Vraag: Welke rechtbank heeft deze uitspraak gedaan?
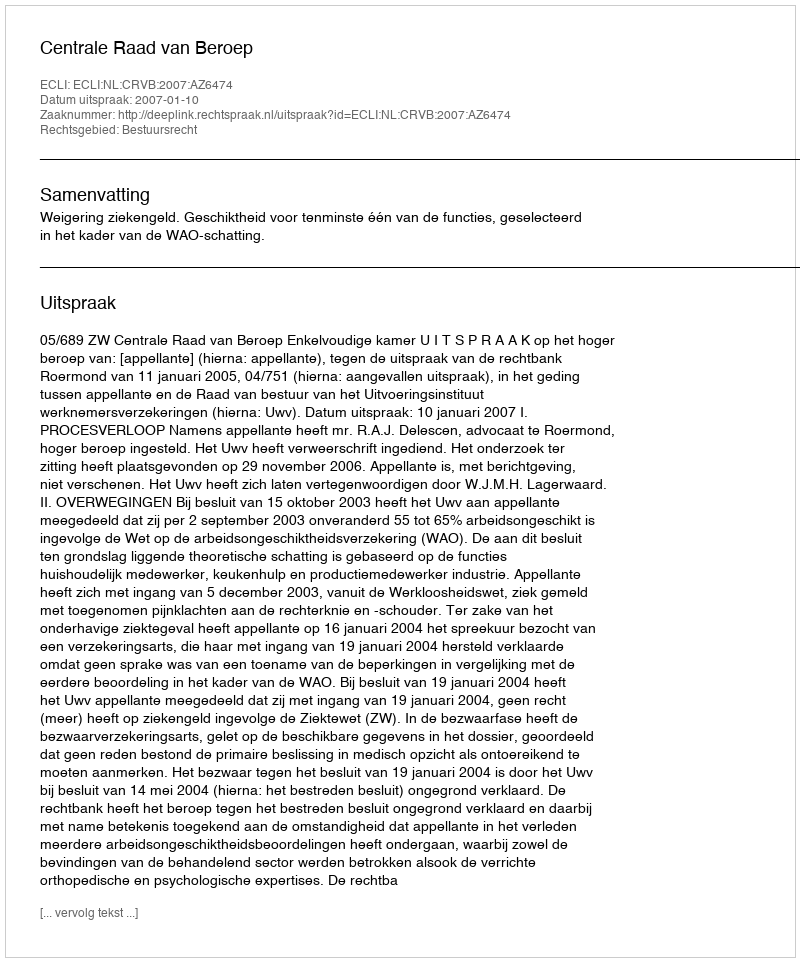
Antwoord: Centrale Raad van Beroep